Subject: math
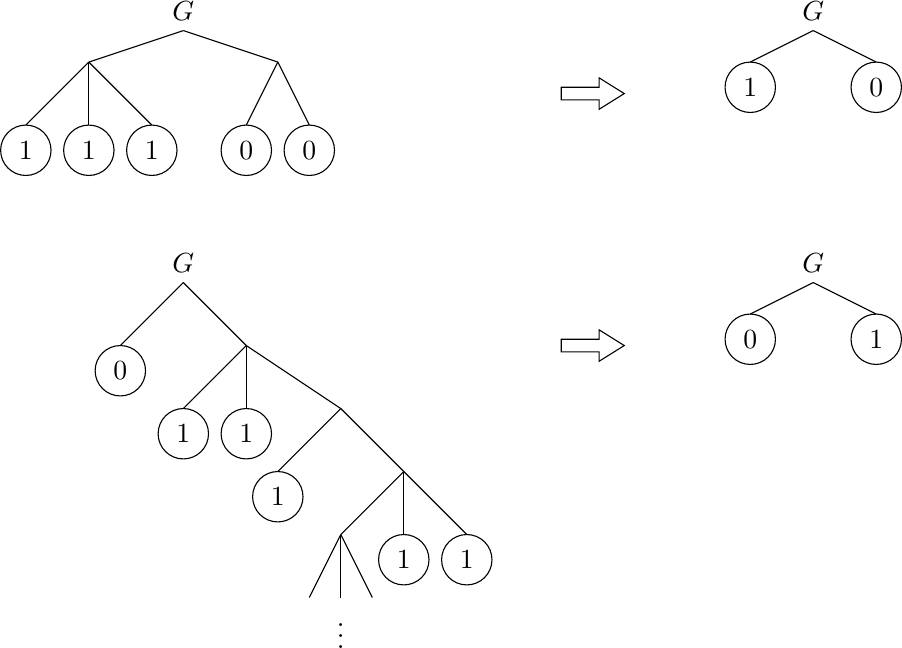
LaTeX code:
\begin{tikzpicture}[scale=0.8]
\def\r{0.4};

\node [above] at (0, 0) {$G$};

\draw (0, 0) -- (-1.5, -0.5);
\draw (0, 0) -- (1.5, -0.5);

\draw (-1.5, -0.5) -- (-2.5, -1.5);
\draw (-1.5, -0.5) -- (-1.5, -1.5);
\draw (-1.5, -0.5) -- (-0.5, -1.5);

\draw (-2.5, -1.5-\r) circle (\r) node {$1$};
\draw (-1.5, -1.5-\r) circle (\r) node {$1$};
\draw (-0.5, -1.5-\r) circle (\r) node {$1$};

\draw (1.5, -0.5) -- (1, -1.5);
\draw (1.5, -0.5) -- (2, -1.5);

\draw (1, -1.5-\r) circle (\r) node {$0$};
\draw (2, -1.5-\r) circle (\r) node {$0$};

\draw (6, -1.1) -- (6.6, -1.1) -- (6.6, -1.25) -- (7, -1) -- (6.6, -0.75) -- (6.6, -0.9) -- (6, -0.9) -- cycle;

\def\x{10};

\node [above] at (\x, 0) {$G$};

\draw (0+\x, 0) -- (-1+\x, -0.5);
\draw (0+\x, 0) -- (1+\x, -0.5);

\draw (-1+\x, -0.5-\r) circle (\r) node {$1$};
\draw (1+\x, -0.5-\r) circle (\r) node {$0$};

\def\y{-4};

\node [above] at (0, 0+\y) {$G$};

\draw (0, 0+\y) -- (-1, -1+\y);
\draw (0, 0+\y) -- (1, -1+\y);

\draw (-1, -1+\y-\r) circle (\r) node {$0$};

\draw (1, -1+\y) -- (0, -2+\y);
\draw (1, -1+\y) -- (1, -2+\y);
\draw (1, -1+\y) -- (2.5, -2+\y);

\draw (0, -2+\y-\r) circle (\r) node {$1$};
\draw (1, -2+\y-\r) circle (\r) node {$1$};

\draw (2.5, -2+\y) -- (1.5, -3+\y);
\draw (2.5, -2+\y) -- (3.5, -3+\y);

\draw (1.5, -3+\y-\r) circle (\r) node {$1$};

\draw (3.5, -3+\y) -- (2.5, -4+\y);
\draw (3.5, -3+\y) -- (3.5, -4+\y);
\draw (3.5, -3+\y) -- (4.5, -4+\y);

\draw (3.5, -4+\y-\r) circle (\r) node {$1$};
\draw (4.5, -4+\y-\r) circle (\r) node {$1$};

\draw (2.5, -4+\y) -- (2, -5+\y);
\draw (2.5, -4+\y) -- (2.5, -5+\y) node [below] {$\vdots$};
\draw (2.5, -4+\y) -- (3, -5+\y);

\draw (6, -1.1+\y) -- (6.6, -1.1+\y) -- (6.6, -1.25+\y) -- (7, -1+\y) -- (6.6, -0.75+\y) -- (6.6, -0.9+\y) -- (6, -0.9+\y) -- cycle;

\node [above] at (\x, \y) {$G$};

\draw (0+\x, 0+\y) -- (-1+\x, -0.5+\y);
\draw (0+\x, 0+\y) -- (1+\x, -0.5+\y);

\draw (-1+\x, -0.5+\y-\r) circle (\r) node {$0$};
\draw (1+\x, -0.5+\y-\r) circle (\r) node {$1$};
\end{tikzpicture}